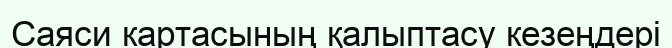
Саяси картасының қалыптасу кезеңдері